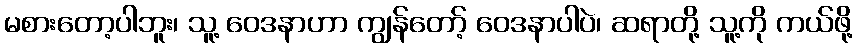
မစားတော့ပါဘူး၊ သူ့ ဝေဒနာဟာ ကျွန်တော့် ဝေဒနာပါပဲ၊ ဆရာတို့ သူ့ကို ကယ်ဖို့